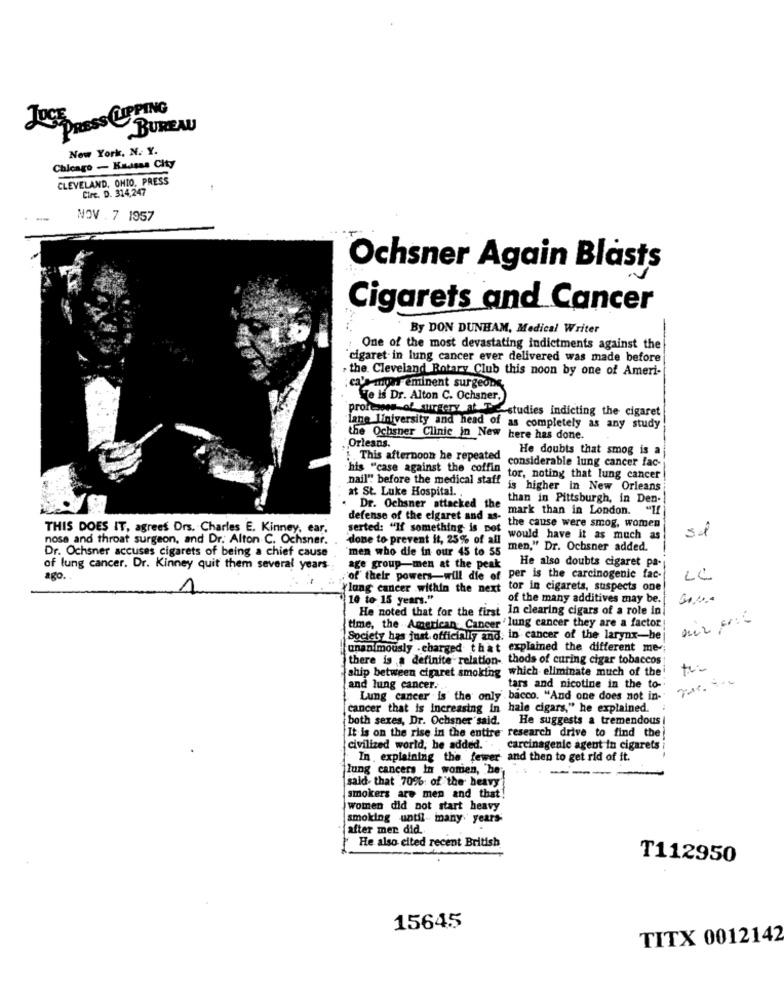
JOSE DRESS CUPPING
BUREAU
New York, N. Y.
Chicago - Kansas City
CLEVELAND, OHIO. PRESS
Circ. D. 314,247
NOV . 7 1957
Ochsner Again Blasts
Cigarets and Cancer
By DON DUNHAM, Medical Writer
One of the most devastating indictments against the
`cigaret in lung cancer ever delivered was made before
the Cleveland Rotary Club this noon by one of Ameri-
calamus eminent surgeons
Ve ls Dr. Alton C. Ochsner,
profesoes-of surgery at Tre studies indicting the cigaret
lane liniversity and head of as completely as any study
Orleans.
the Ochsner Clinic in New here has done.
He doubts that smog is a
:This afternoon he repeated
considerable lung cancer fac-
his "case against the coffin tor, noting that lung cancer
nail" before the medical staff is higher in New Orleans
at St. Luke Hospital ..
than in Pittsburgh, in Den -!
. Dr. Ochsner attacked the
mark than in London. "If
defense of the elgaret and as-
THIS DOES IT, agrees Drs. Charles E. Kinney, ear.
serted: "If something is not
the cause were smog, women
5l
nose and throat surgeon, and Dr. Alton C. Ochsner.
done to prevent it, 25% of all
would have it as much as
Dr. Ochsner accuses cigarets of being a chief cause
men," Dr. Ochsner added."
"men who die in our 45 to 55
He also doubts cigaret pa-
of lung cancer. Dr. Kinney quit them several years
age group-men at the peak
ago.
'of their powers-will die of per is the carcinogenic fac-
LL
Ylung cancer within the next tor in cigarets, suspects one
10 to 15 years."
of the many additives may be.
He noted that for the first In clearing cigars of a role in
time, the American Cancer ' lung cancer they are a factor
Society has just. officially and. in cancer of the larynx-he
unanimously .charged that explained the different me-
there is a definite relation- thods of curing cigar tobaccos
ship between cigaret smoking which eliminate much of the
and lung cancer ...
tars and nicotine in the to-
Lung cancer is the only
bacco. "And one does not in-
[cancer that is increasing in hale cigars," he explained.
both sexes, Dr. Ochsner said. He suggests a tremendous |
It is on the rise in the entire research drive to find the
civilized world, he added.
carcinagenic agent in cigarets
In explaining the fewer and then to get rid of it.
lung cancers in women, 'he'
said that 70% of the heavy
smokers are men and that!
women did not start heavy
smoking until- many years
after mer did.
He also cited recent British
T112950
15645
TITX 0012142